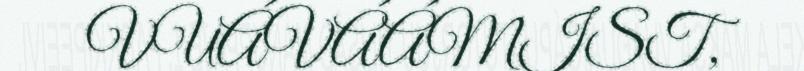
VUÁVÁÁMIST,